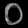
Digit: ၀